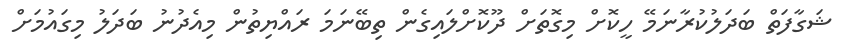
ޝަގާފަތް ބަދަލުކުރާނަމޭ ހީކޮށް މިގޮތަށް ދޫކޮށްލައިގެން ތިބޭނަމަ ރައްޔިތުން މިއެދުނު ބަދަލު މިގައުމަށް